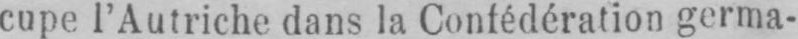
cupe l’Autriche dans la Confédération germa-